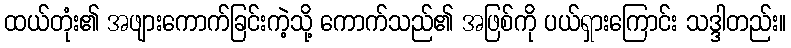
ထယ်တုံး၏ အဖျားကောက်ခြင်းကဲ့သို့ ကောက်သည်၏ အဖြစ်ကို ပယ်ရှားကြောင်း သဒ္ဒါတည်း။